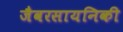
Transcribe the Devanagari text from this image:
जैवरसायनिकी